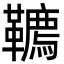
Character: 韀